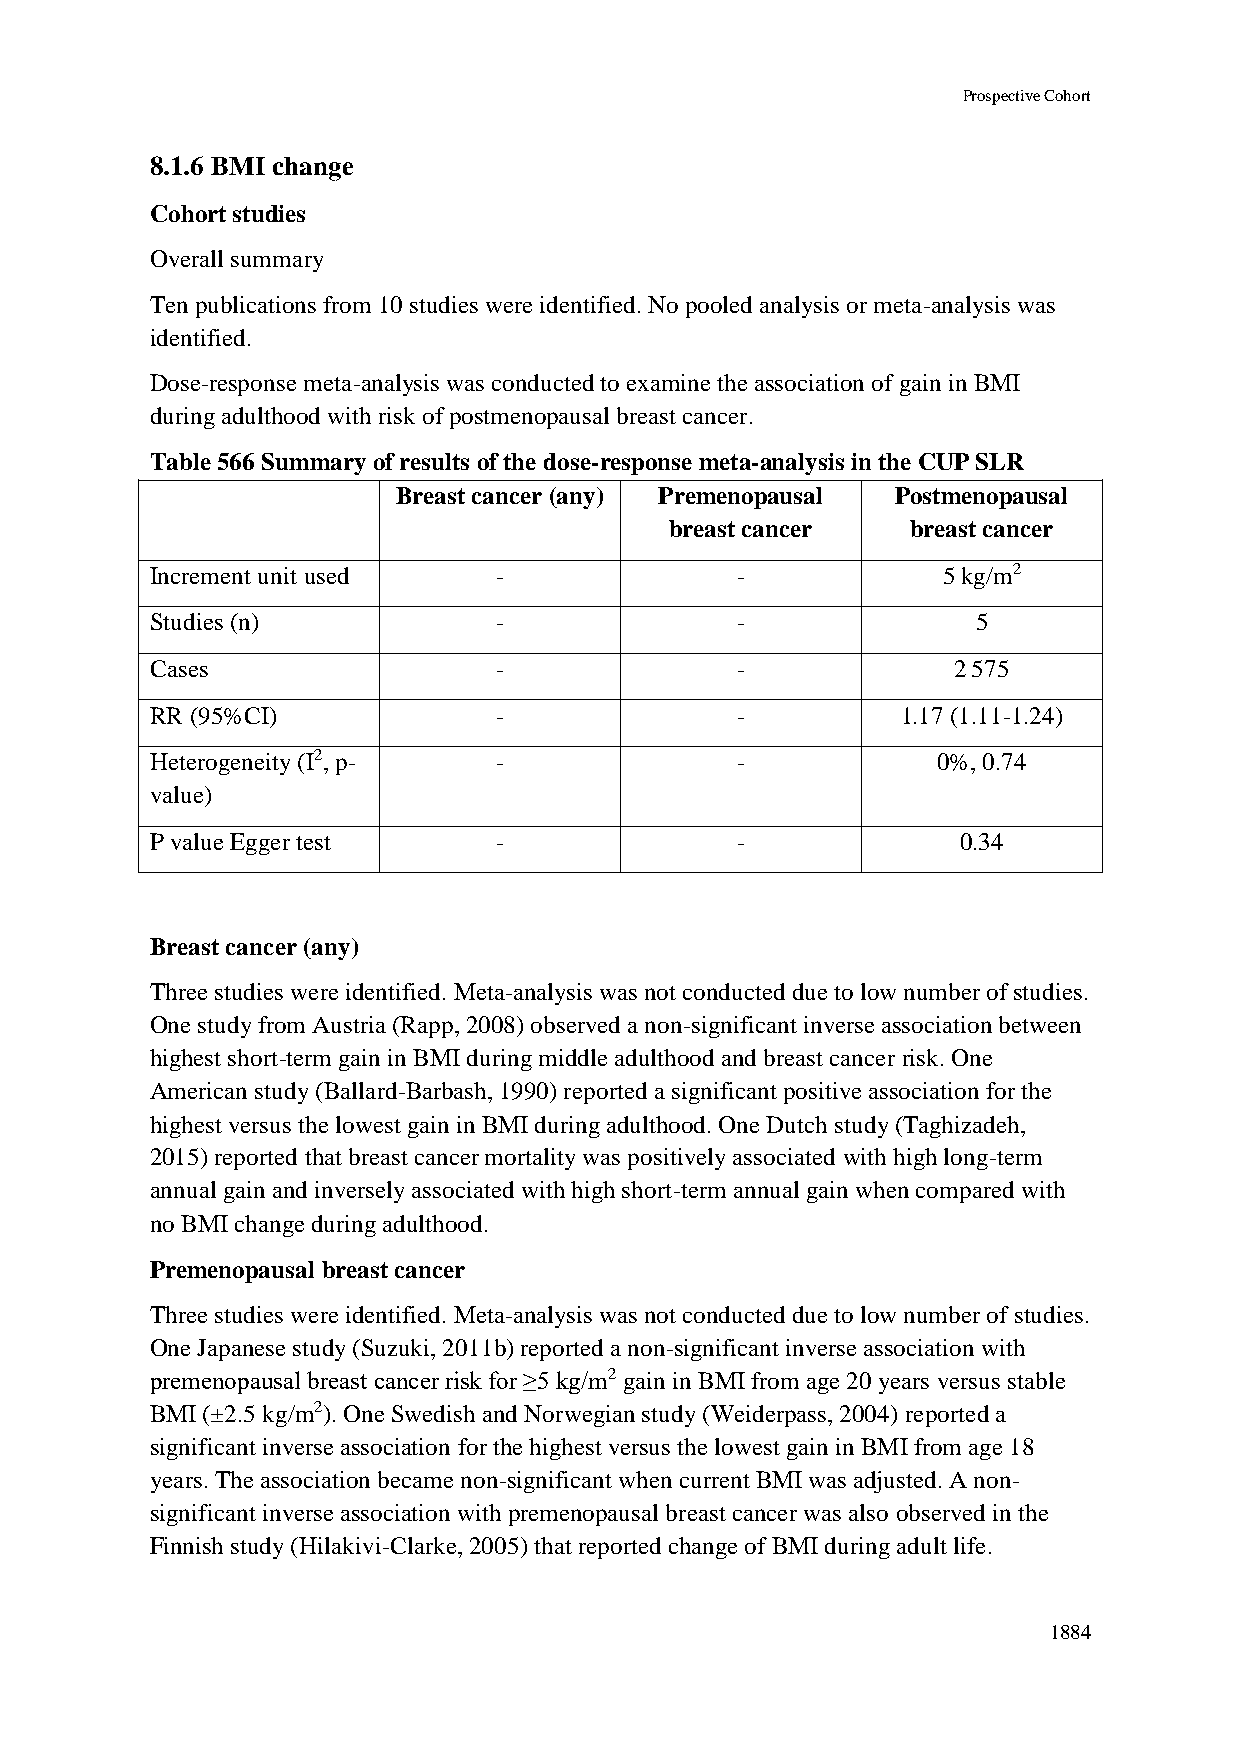
Prospective Cohort
 8.1.6 BMI change
 Cohort studies
 Overall summary
 Ten publications from 10 studies were identified. No pooled analysis or meta-analysis was
 identified.
 Dose-response meta-analysis was conducted to examine the association of gain in BMI
 during adulthood with risk of postmenopausal breast cancer.
 Table 566 Summary of results of the dose-response meta-analysis in the CUP SLR
 Breast cancer (any) Premenopausal Postmenopausal
 breast cancer   breast cancer
 Increment unit used    -               -            5 kg/m2
 Studies (n)            -               -               5
 Cases                  -               -             2 575
 RR (95%CI)             -               -          1.17 (1.11-1.24)
 Heterogeneity (I2, p-  -               -            0%, 0.74
 value)
 P value Egger test     -               -              0.34
 Breast cancer (any)
 Three studies were identified. Meta-analysis was not conducted due to low number of studies.
 One study from Austria (Rapp, 2008) observed a non-significant inverse association between
 highest short-term gain in BMI during middle adulthood and breast cancer risk. One
 American study (Ballard-Barbash, 1990) reported a significant positive association for the
 highest versus the lowest gain in BMI during adulthood. One Dutch study (Taghizadeh,
 2015) reported that breast cancer mortality was positively associated with high long-term
 annual gain and inversely associated with high short-term annual gain when compared with
 no BMI change during adulthood.
 Premenopausal breast cancer
 Three studies were identified. Meta-analysis was not conducted due to low number of studies.
 One Japanese study (Suzuki, 2011b) reported a non-significant inverse association with
 premenopausal breast cancer risk for ≥5 kg/m2 gain in BMI from age 20 years versus stable
 BMI (±2.5 kg/m2). One Swedish and Norwegian study (Weiderpass, 2004) reported a
 significant inverse association for the highest versus the lowest gain in BMI from age 18
 years. The association became non-significant when current BMI was adjusted. A non-
 significant inverse association with premenopausal breast cancer was also observed in the
 Finnish study (Hilakivi-Clarke, 2005) that reported change of BMI during adult life.
 1884